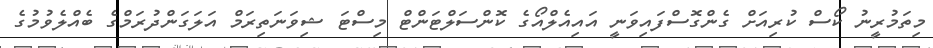
މިތަމުރީނު ކޯސް ކުރިއަށް ގެންގޮސްފައިވަނީ އައިއެލްއޯގެ ކޮންސަލްޓަންޓް މިސްޓަ ޝިވަނަތިރަމް އަލަގަންދުރަމްގެ ބެއްލެވުމުގެ